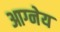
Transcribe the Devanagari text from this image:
आग्‍नेय